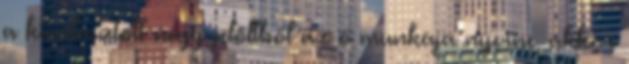
a kiválasztott négy jelöltből az ő munkája nyerne, akkor